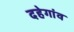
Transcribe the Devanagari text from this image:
दहेगांव